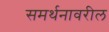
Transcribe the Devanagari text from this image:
समर्थनावरील